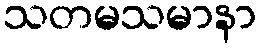
သတမသမာနာ